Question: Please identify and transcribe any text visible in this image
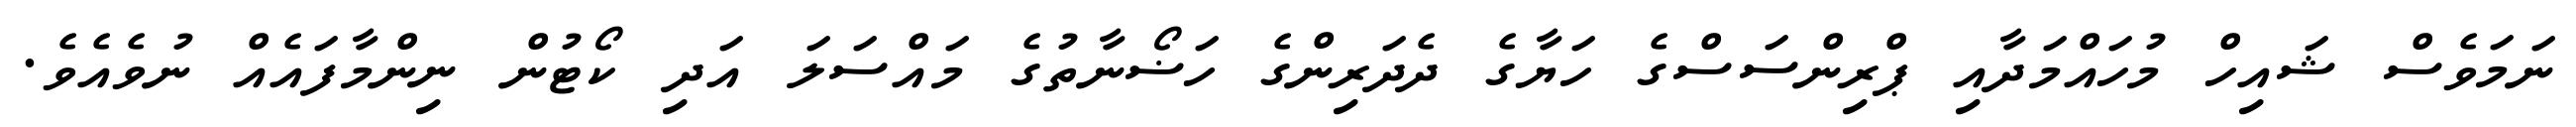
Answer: ނަމަވެސް ޝައިހް މުހައްމަދާއި ޕްރިންސަސްގެ ހަޔާގެ ދެދަރިންގެ ހަޟޯނާތުގެ މައްސަލަ އަދި ކޯޓުން ނިންމާފައެއް ނުވެއެވެ.